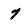
Character: 7